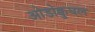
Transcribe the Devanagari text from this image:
ओडोक्वुघल